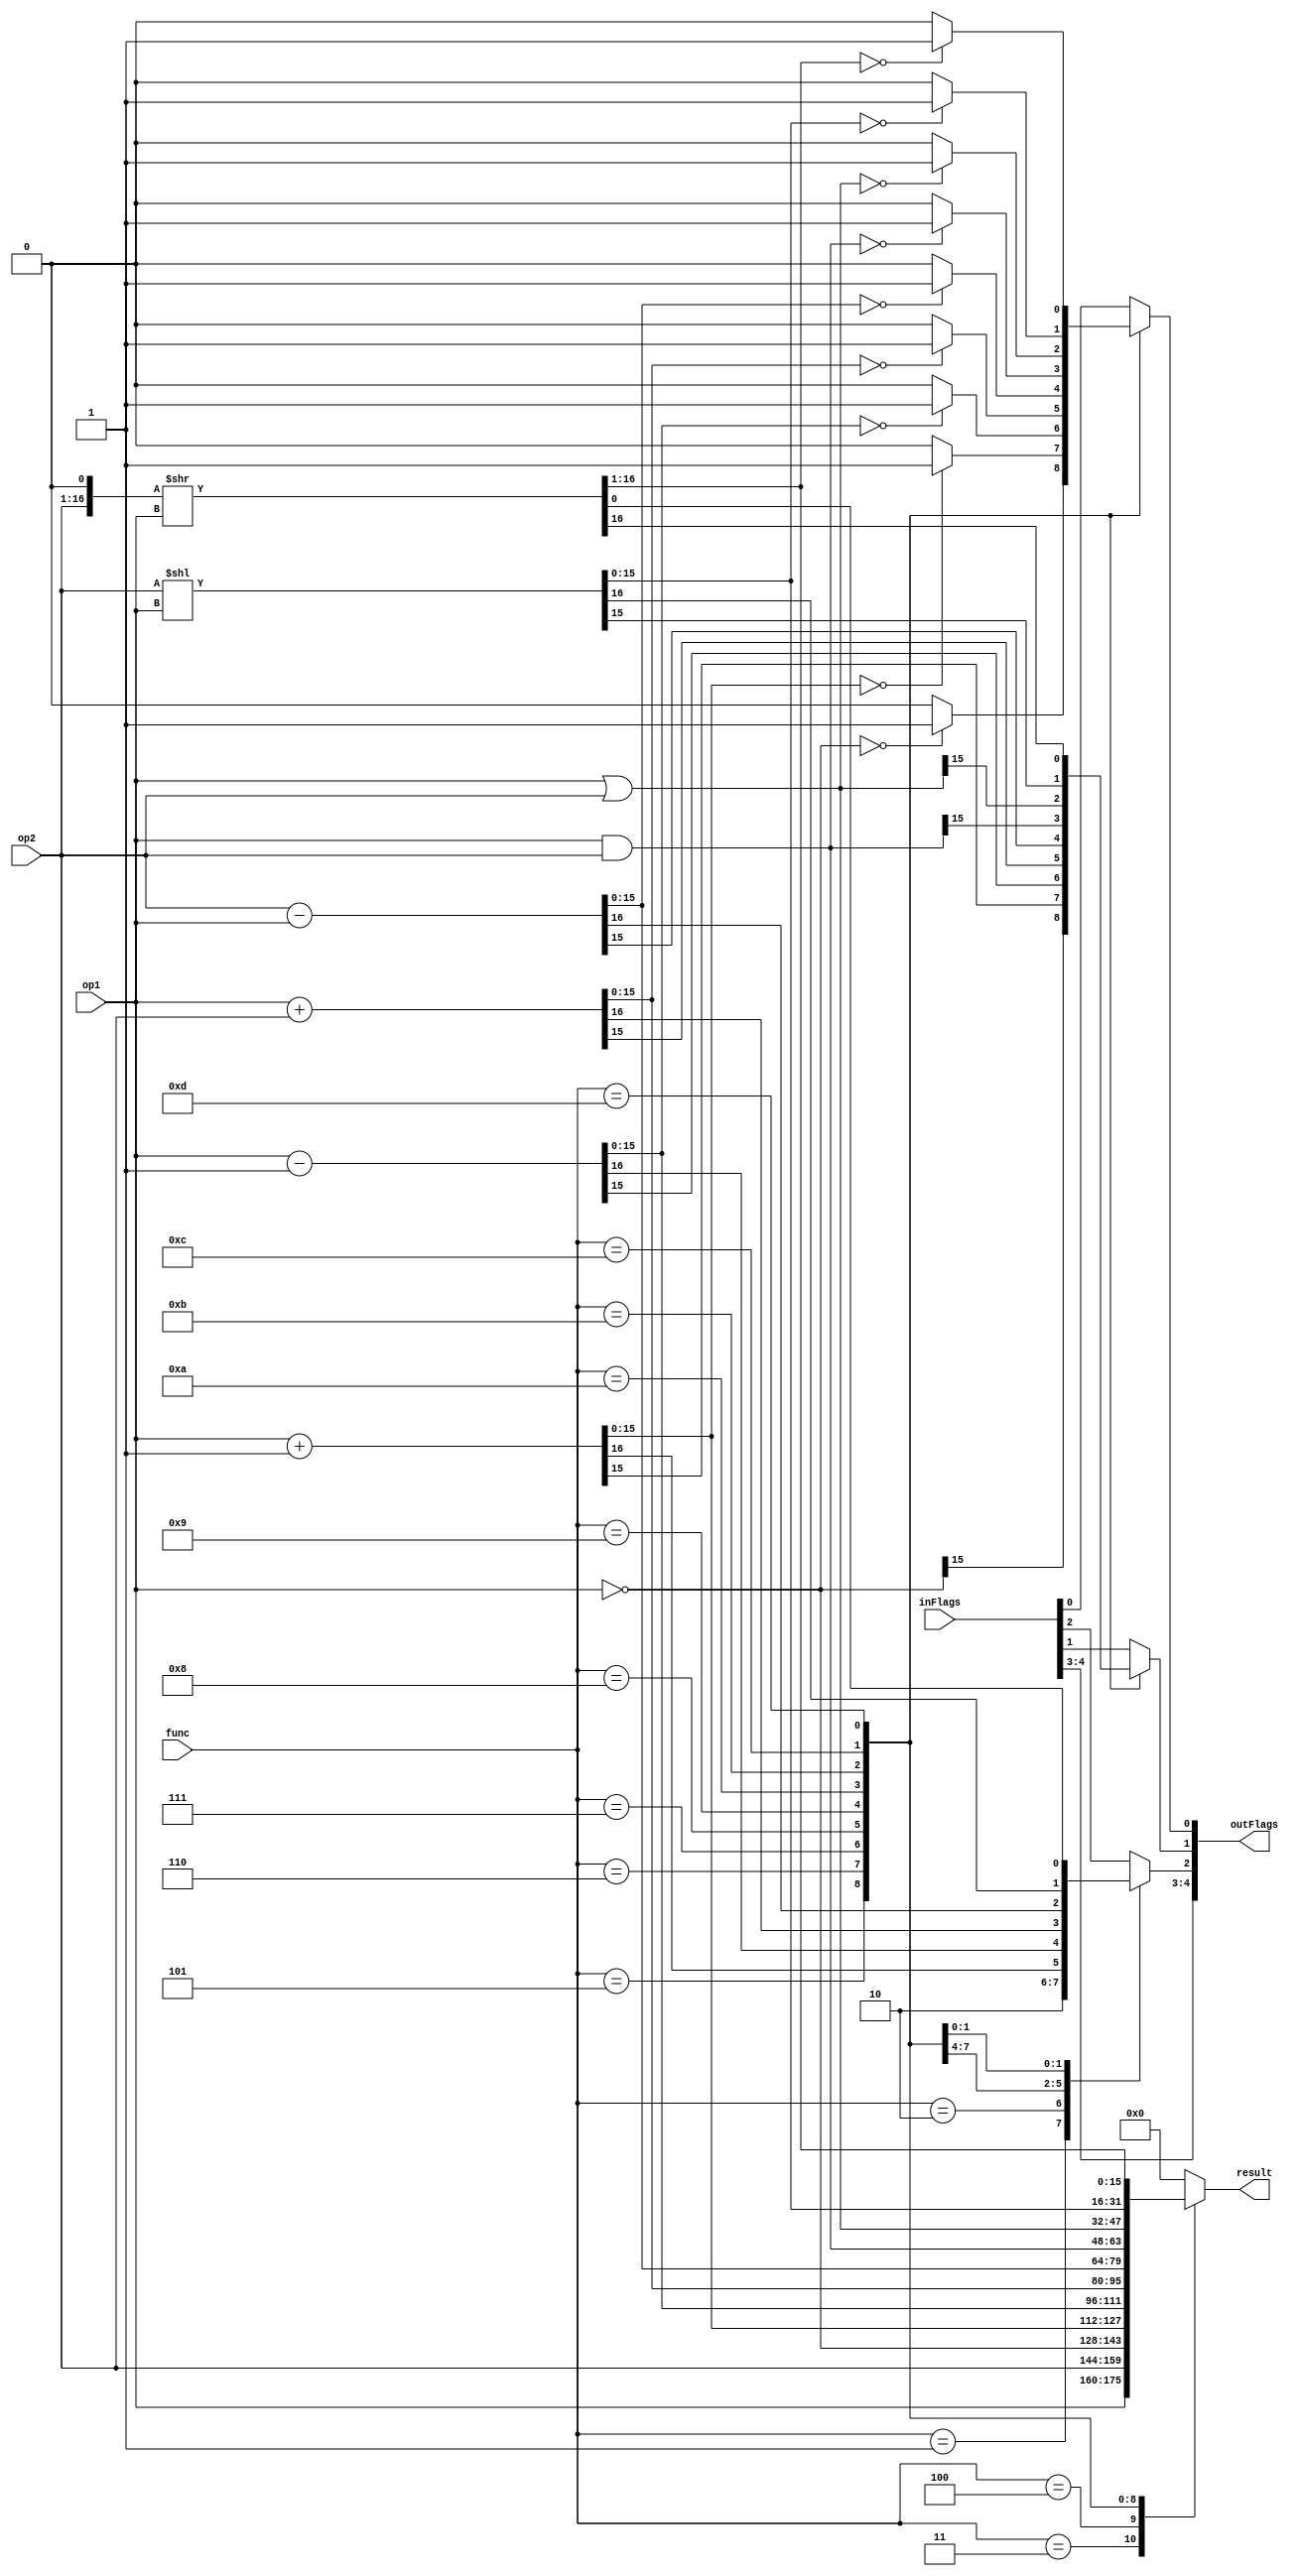

module ALU (op1,op2,func,result,inFlags,outFlags);

//input writeFlags;
input [15:0] op1,op2;
input [3:0] func;
output reg [15:0] result;
input wire [4:0] inFlags;
output reg [4:0] outFlags;
//reg [4:0] flags;    // 0 -> zero , 1 -> sign  2-> carry 
//assign outFlags = flags; // assign outFlags with flag register so flags are already read from ALU (continous Read)
always @(*) begin
    outFlags = inFlags;
    case (func)
    4'b0000: begin  // No Operation
        result <= 16'b0;
    end
     4'b0001: begin  // Set Carry Flag
        result <= 16'b0;
        outFlags[2] <= 1; 
    end
    4'b0010: begin  // Clear Carry Flag
        result <= 16'b0;
        outFlags[2] <= 0; 
    end
    4'b0011: begin  // Move Operand 1
        result = op1;
        //outFlags[0] = 0;
        // if(op1 == 0) begin
        //     outFlags[0] = 1;// Flags should be affected
        // end
        // outFlags[1] = op1[15];// Flags should be affected
    end
    4'b0100: begin  // Move Operand 2
        result = op2;
        //outFlags[0] = 0;
        // if(op2 == 0) begin
        //     outFlags[0] = 1;// Flags should be affected
        // end
        // outFlags[1] = op2[15];// Flags should be affected
    end
    4'b0101: begin  // NOT operand 1
        result = ~ op1;
        outFlags[0] = 0;
        if(result == 0) begin
            outFlags[0] = 1;// Flags should be affected
        end
        outFlags[1] = result[15];// Flags should be affected
    end
    4'b0110: begin  // INC operand 1 (need to check overflow flag)
        {outFlags[2] ,result} = op1 + 16'b0000_0000_0000_0001; 
        outFlags[0] = 0;
        if(result == 0) begin
            outFlags[0] = 1;// Flags should be affected
        end
        outFlags[1] = result[15];// Flags should be affected
    end
    4'b0111: begin  // DEC operand 1 (need to check overflow flag)
        {outFlags[2] ,result} = op1 - 16'b0000_0000_0000_0001; 
        outFlags[0] = 0;
        if(result == 0) begin
            outFlags[0] = 1;// Flags should be affected
        end
        outFlags[1] = result[15];// Flags should be affected
    end
    4'b1000: begin  // ADD (need to check overflow flag)
        {outFlags[2] ,result} = op1 + op2 ; 
        outFlags[0] = 0;
        if(result == 0) begin
            outFlags[0] = 1;// Flags should be affected
        end
        outFlags[1] = result[15];// Flags should be affected
    end
    4'b1001: begin  // SUB (need to check overflow flag)
        result = 16'b0;
        {outFlags[2] ,result} = op2 - op1 ; 
        outFlags[0] = 0;
        if(result == 0) begin
            outFlags[0] = 1;// Flags should be affected
        end
        outFlags[1] = result[15];// Flags should be affected
    end
    4'b1010: begin // AND
        result = op1 & op2;
        outFlags[0] = 0;
        if(result == 0) begin
            outFlags[0] = 1;// Flags should be affected
        end
        outFlags[1] = result[15];// Flags should be affected
    end
    4'b1011: begin  // OR
        result = op1 | op2;
        outFlags[0] = 0;
        if(result == 0) begin
            outFlags[0] = 1;// Flags should be affected
        end
        outFlags[1] = result[15];// Flags should be affected
    end
    4'b1100: begin   // SHL
        {outFlags[2],result} = {1'b0,op2} << op1;
        outFlags[0] = 0;
        if(result == 0) begin
            outFlags[0] = 1;// Flags should be affected
        end
        outFlags[1] = result[15];// Flags should be affected
    end
    4'b1101: begin   // SHR
        {result,outFlags[2]} = {op2,1'b0} >> op1;
        outFlags[0] = 0;
        if(result == 0) begin
            outFlags[0] = 1;// Flags should be affected
        end
        outFlags[1] = result[15];// Flags should be affected
    end
    
    4'b1101: begin // Addition
        result = {11'b0,inFlags};
    end
    /*    
    4'b1110: // Addition
        result = 16'b0;
        flags = 16'b0;
    4'b1111: // Addition
        result = 16'b0;
        flags = 16'b0;
    */
        default: 
            result <= 16'b0;
    endcase
end

endmodule